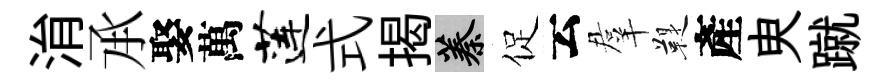
㳙𠄘娶萬莲式揭蓁促云羣鞮產㬰蹴